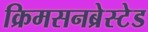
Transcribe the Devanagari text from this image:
क्रिमसनब्रेस्टेड